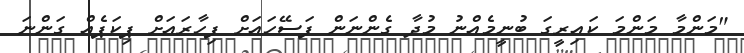
"މަންމާ މަންމަ ކައިރީގަ ބުނީމެއްނު މުދާ ގެންނަން ފަސޭހައަށް ފިހާރައަށް ޕިކަޕެއް ގަންނަ